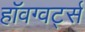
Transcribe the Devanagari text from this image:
हॉवग्वर्ट्स